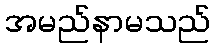
အမည်နာမသည်